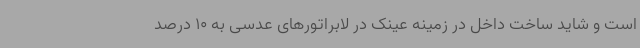
است و شاید ساخت داخل در زمینه عینک در لابراتورهای عدسی به 10 درصد